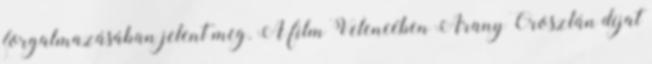
forgalmazásában jelent meg. A film Velencében Arany Oroszlán díjat